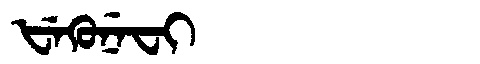
Manchu: ᡶᡝᡴᡠᠨᡝᠸᡳ
Romanization: FEKUNEFI